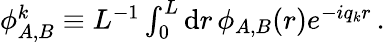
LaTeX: \begin{array}{r}{{\phi}_{A,B}^{k}\equiv L^{-1}\int_{0}^{L}\mathrm{d}r\, \phi_{A,B}(r)e^{-iq_{k}r}\, .}\end{array}